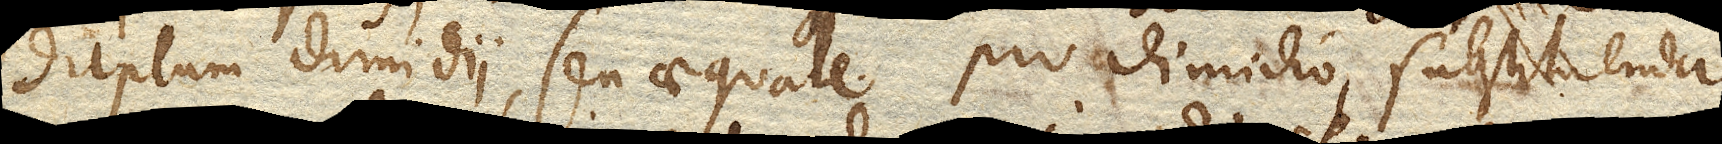
duplum dimidii, seu aequale pro dimidio, substituenda